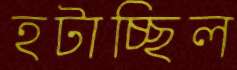
হটাচ্ছিল